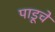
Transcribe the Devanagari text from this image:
पाडूचे